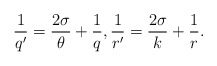
\begin{align*}\frac{1}{q'}=\frac{2\sigma}{\theta}+\frac{1}{q},\frac{1}{r'}=\frac{2\sigma}{k}+\frac{1}{r}.\end{align*}